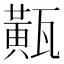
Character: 𤮏